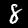
Label: 8